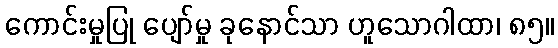
ကောင်းမှုပြု ပျော်မှု ခုနောင်သာ ဟူသောဂါထာ၊ ၈၅။